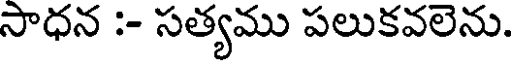
సాధన :- సత్యము పలుకవలెను.